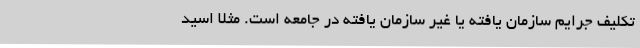
تکلیف جرایم سازمان یافته یا غیر سازمان یافته در جامعه است. مثلا اسید